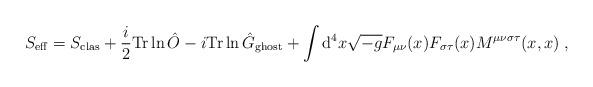
LaTeX: \begin{align*}S_{\rm eff} = S_{\rm clas} + \frac{i}{2} {\rm{Tr}} \ln \hat{O} - i{\rm{Tr}}\ln \hat{G}_{\rm ghost} +\int {\rm d}^4x \sqrt{-g} F_{\mu\nu}(x) F_{\sigma\tau}(x)M^{\mu\nu\sigma\tau}(x,x)\; ,\end{align*}